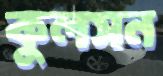
কুলসন